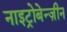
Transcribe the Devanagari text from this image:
नाइट्रोबेन्ज़ीन